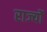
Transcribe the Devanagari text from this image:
राज्योंं